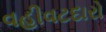
વહીવટદારો